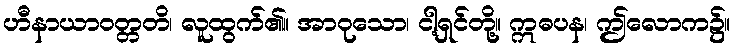
ဟီနာယာဝတ္တတိ၊ လူထွက်၏။ အာဝုသော၊ ငါ့ရှင်တို့။ ဣဓပန၊ ဤလောက၌။